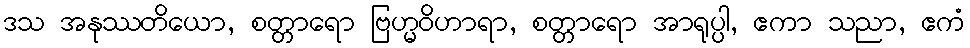
ဒသ အနုဿတိယော, စတ္တာရော ဗြဟ္မဝိဟာရာ, စတ္တာရော အာရုပ္ပါ, ဧကာ သညာ, ဧကံ